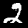
Label: 2